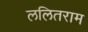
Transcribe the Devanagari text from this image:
ललितराम